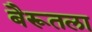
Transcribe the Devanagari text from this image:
बैरूतला